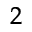
_ 2